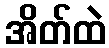
အိတ်ထဲ